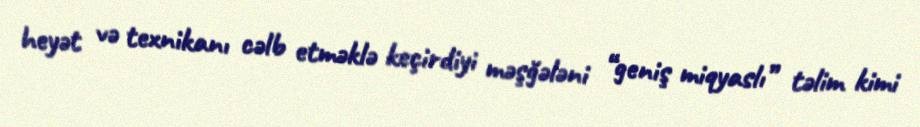
heyət və texnikanı cəlb etməklə keçirdiyi məşğələni “geniş miqyaslı” təlim kimi